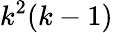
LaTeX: k^{2}(k-1)